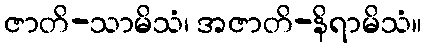
ဇာတိ-သာမိသံ၊ အဇာတိ-နိရာမိသံ။